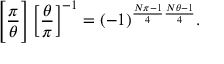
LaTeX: { \Bigg [ } { \frac { \pi } { \theta } } { \Bigg ] } \left[ { \frac { \theta } { \pi } } \right] ^ { - 1 } = ( - 1 ) ^ { { \frac { N \pi - 1 } { 4 } } { \frac { N \theta - 1 } { 4 } } } .